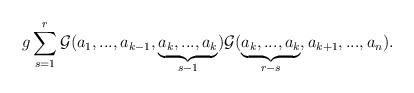
LaTeX: \begin{align*}g\sum_{s=1}^{r}{{\cal G}}(a_1,...,a_{k-1},\underbrace{a_k,...,a_k}_{s-1}){{\cal G}}(\underbrace{a_k,...,a_k}_{r-s},a_{k+1},...,a_n).\end{align*}